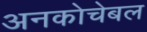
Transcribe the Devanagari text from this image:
अनकोचेबल